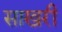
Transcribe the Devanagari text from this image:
साखरी